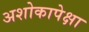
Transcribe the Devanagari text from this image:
अशोकापेक्षा